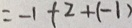
= - 1 + 2 + ( - 1 )